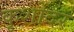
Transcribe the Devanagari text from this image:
कृशोदर